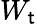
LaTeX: W_{\mathsf{t}}